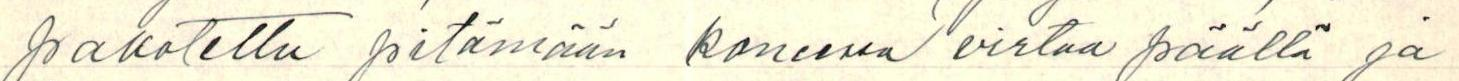
pakotettu pitämään koneen virtaa päällä ja